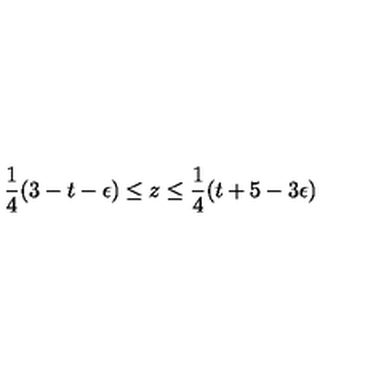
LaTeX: \frac { 1 } { 4 } ( 3 - t - \epsilon ) \leq z \leq \frac { 1 } { 4 } ( t + 5 - 3 \epsilon )